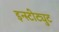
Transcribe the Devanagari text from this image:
इन्स्टीट्युट